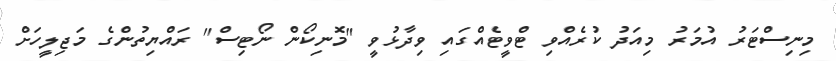
މިނިސްޓަރު އުމަރު މިއަދު ކުރެއްވި ޓްވީޓެއްގައި ވިދާޅުވީ "މޮނިކޯން ނޯޓިސް" ރައްޔިތުންގެ މަޖިލީހަށް